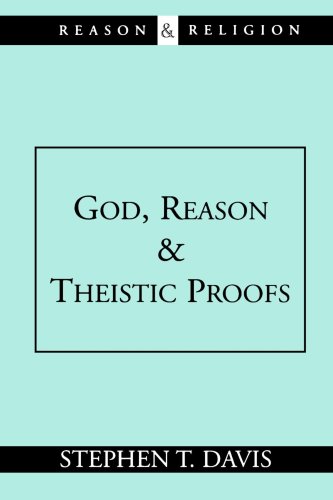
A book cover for God, Reason and Theistic Proofs (Reason & Religion); Stephen T. Davis; Religion & Spirituality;